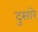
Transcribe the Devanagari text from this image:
दुसारे